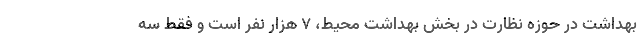
بهداشت در حوزه نظارت در بخش بهداشت محیط، 7 هزار نفر است و فقط سه